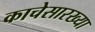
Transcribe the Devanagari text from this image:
काचेसारख्या